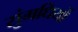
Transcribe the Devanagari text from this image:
सुंगधियों